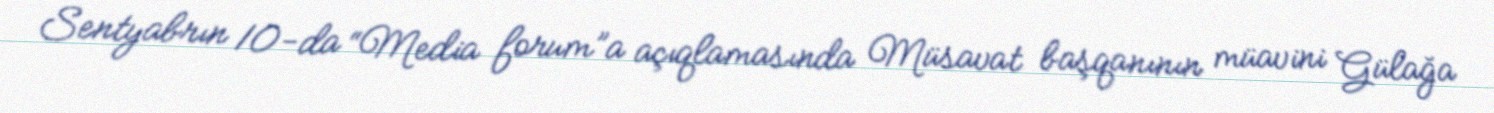
Sentyabrın 10-da “Media forum”a açıqlamasında Müsavat başqanının müavini Gülağa